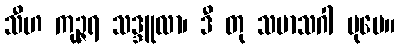
သီဟ ကုဉ္ဇရ သဒ္ဒူလာ၊ ဒီ တု သမာသဂါ ပုမေ။